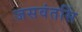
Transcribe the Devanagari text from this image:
जसवंतसिं